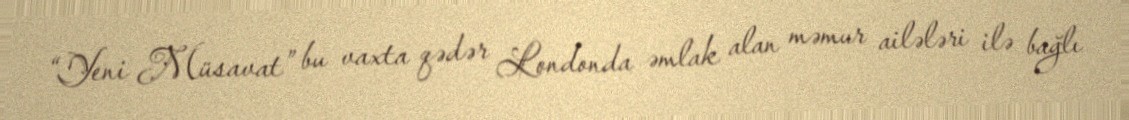
“Yeni Müsavat” bu vaxta qədər Londonda əmlak alan məmur ailələri ilə bağlı